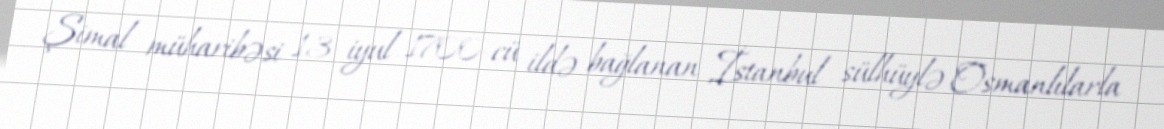
Şimal müharibəsi 13 iyul 1700-cü ildə bağlanan İstanbul sülhüylə Osmanlılarla